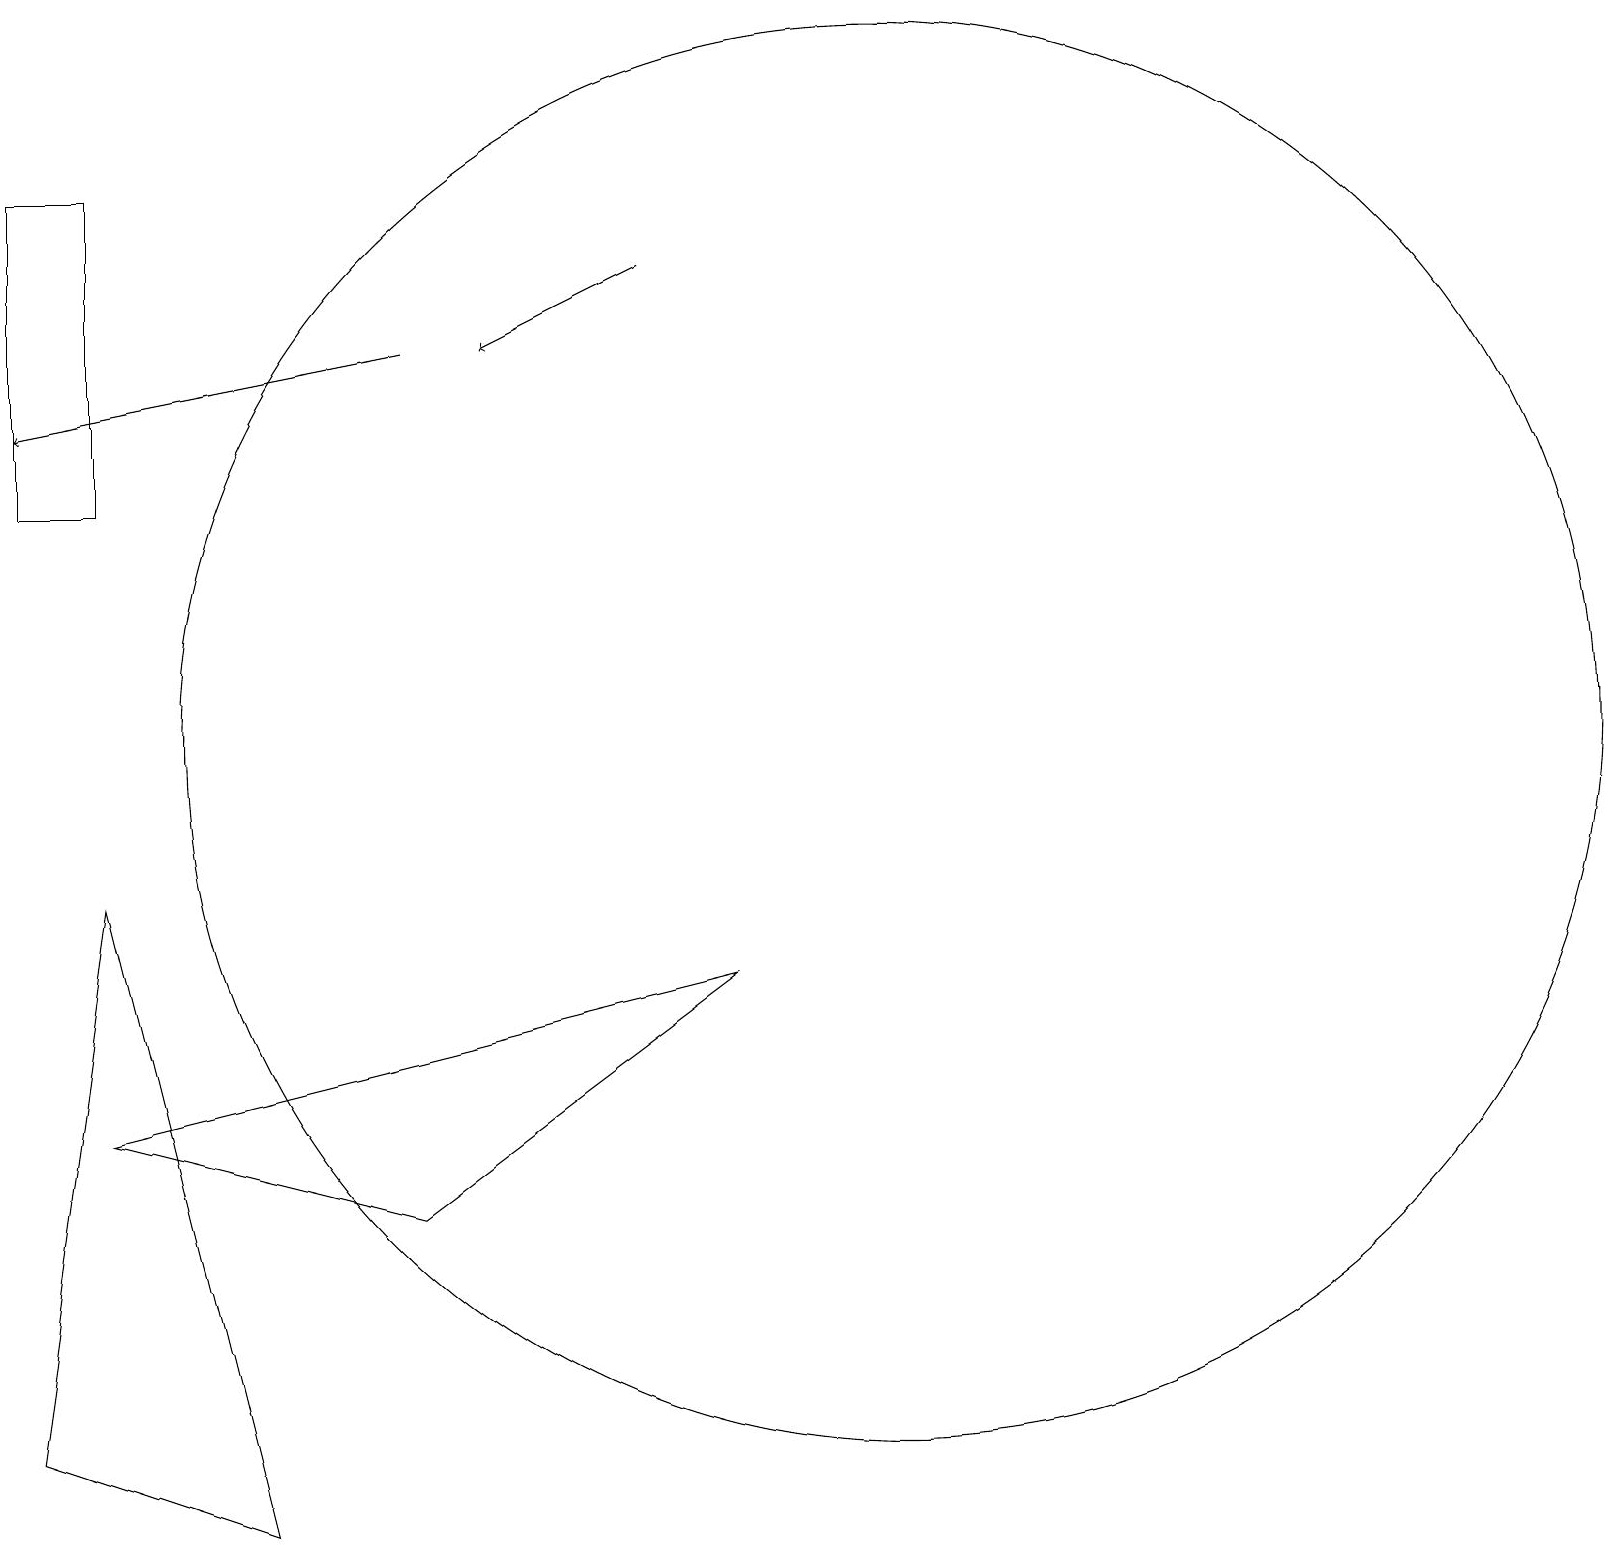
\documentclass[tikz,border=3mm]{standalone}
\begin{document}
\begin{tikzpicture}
\draw[->] (5,16) -- (0,15);
\draw (12,11) circle (0);
\draw (1,9) -- (3,1) -- (0,2) -- cycle;
\draw[->] (8,17) -- (6,16);
\draw (11,11) circle (9);
\draw (1,18) rectangle (0,14);
\draw (1,6) -- (9,8) -- (5,5) -- cycle;
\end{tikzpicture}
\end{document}